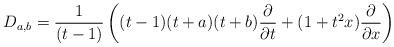
LaTeX: \begin{align*}D_{a,b}= {1\over (t-1)}\left((t-1)(t + a)(t+b)\frac{\partial}{\partial t} + (1 + t^2x)\frac{\partial}{\partial x}\right)\end{align*}